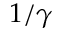
1 / \gamma